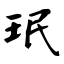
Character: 珉